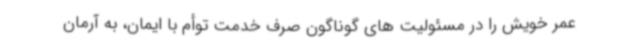
عمر خویش را در مسئولیت های گوناگون صرف خدمت توأم با ایمان، به آرمان